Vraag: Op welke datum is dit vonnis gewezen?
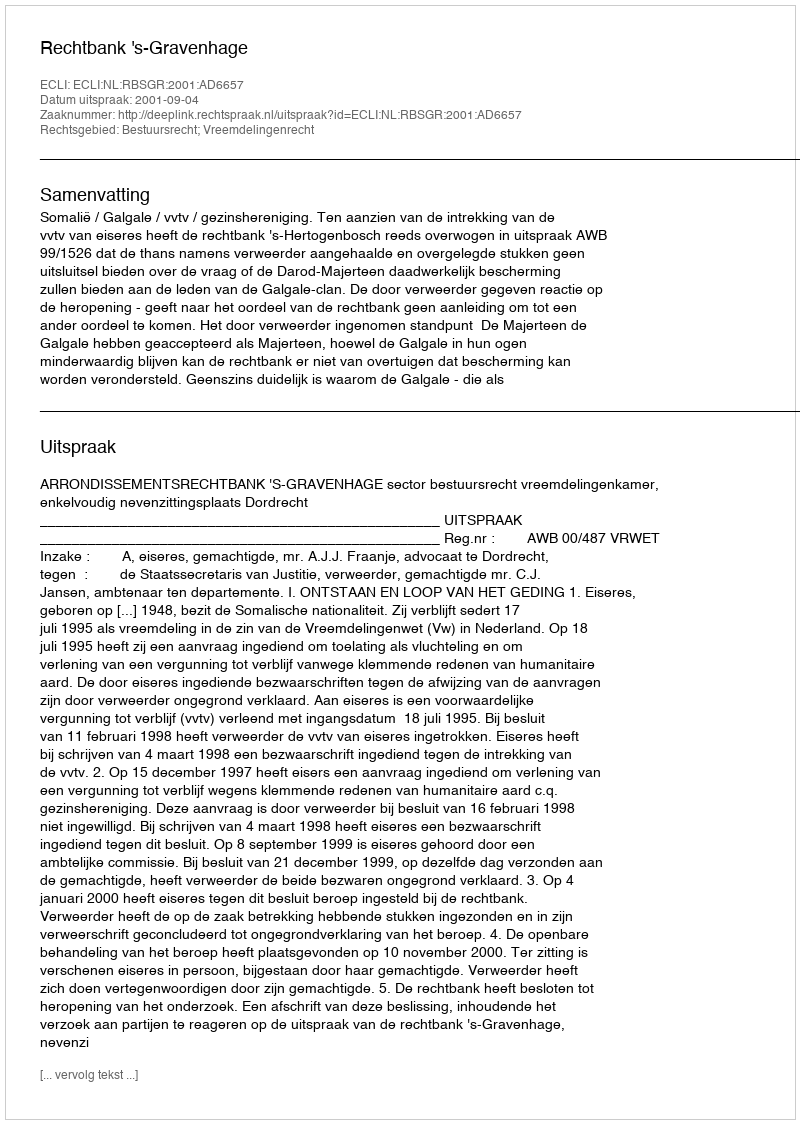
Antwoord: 2001-09-04